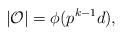
LaTeX: \begin{align*} |\mathcal{O}|=\phi(p^{k-1}d),\end{align*}